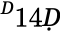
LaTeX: ^Ḋ14Ḍ